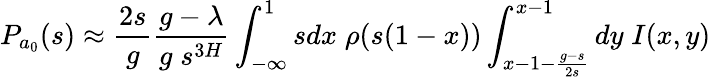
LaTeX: P_{a_{0}}(s)\approx\frac{2s}{g}\frac{g-\lambda}{g\; s^{3H}}\int_{-\infty}^{1}sdx\; \rho(s(1-x))\int_{x-1-\frac{g-s}{2s}}^{x-1}dy\; I(x,y)